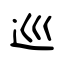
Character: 巡